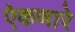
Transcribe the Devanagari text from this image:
ऐकणारे